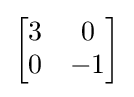
{\begin{bmatrix}3&0\\0&-1\end{bmatrix}}